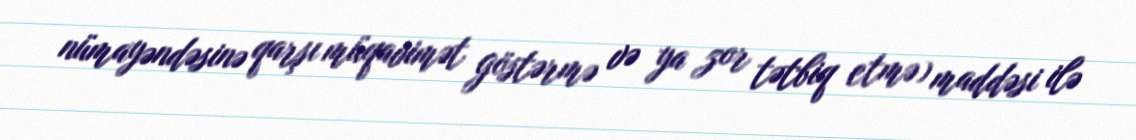
nümayəndəsinə qarşı müqavimət göstərmə və ya zor tətbiq etmə) maddəsi ilə